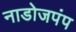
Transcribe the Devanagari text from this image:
नाडोजपंप